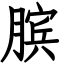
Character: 膑